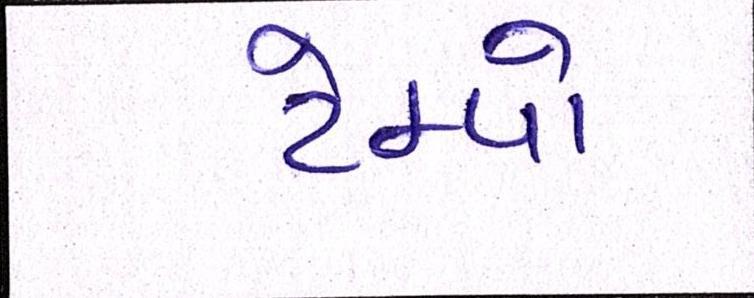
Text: ટેમ્પો